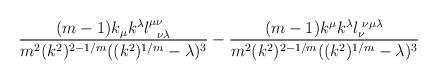
LaTeX: \begin{align*}\frac{(m-1)k_{\mu}k^{\lambda} l^{\mu \nu}_{\,\,\,\,\nu \lambda}} {m^2 (k^2)^{2-1/m} ((k^2)^{1/m} - \lambda)^3} -\frac{ (m-1) k^{\mu} k^{\lambda} l_{\nu}^{\,\,\nu \mu \lambda}} {m^2(k^2)^{2-1/m}((k^2)^{1/m} - \lambda)^3}\end{align*}